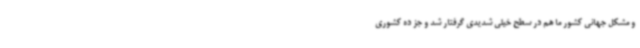
و مشکل جهانی کشور ما هم در سطح خیلی شدیدی گرفتار شد و جز ده کشوری